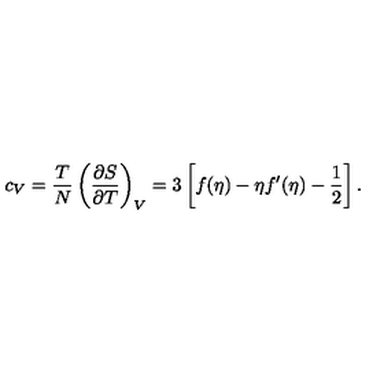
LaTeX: c _ { V } = { \frac { T } { N } } \left( { \frac { \partial S } { \partial T } } \right) _ { V } = 3 \left[ f ( \eta ) - \eta f ^ { \prime } ( \eta ) - \frac 1 2 \right] .